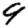
Digit: 9